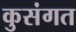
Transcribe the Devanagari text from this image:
कुसंगत